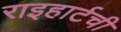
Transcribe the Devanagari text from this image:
राइहार्टची